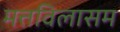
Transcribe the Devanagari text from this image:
मत्तविलासम